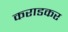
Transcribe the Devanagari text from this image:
कराडकर